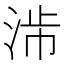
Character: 𣴯